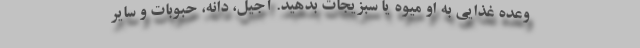
وعده غذایی به او میوه یا سبزیجات بدهید. آجیل، دانه، حبوبات و سایر